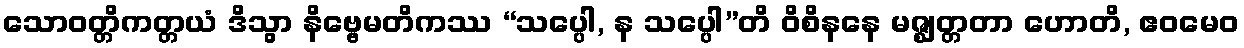
သောဝတ္တိကတ္တယံ ဒိသွာ နိဗ္ဗေမတိကဿ “သပ္ပေါ, န သပ္ပေါ”တိ ဝိစိနနေ မဇ္ဈတ္တတာ ဟောတိ, ဧဝမေဝ